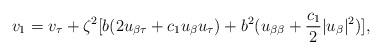
LaTeX: \begin{align*}v_1 = v_\tau + \zeta^2 [b(2u_{\beta\tau}+c_1u_\beta u_\tau )+ b^2 (u_{\beta\beta} + \frac{c_1}{2}|u_\beta|^2)],\end{align*}